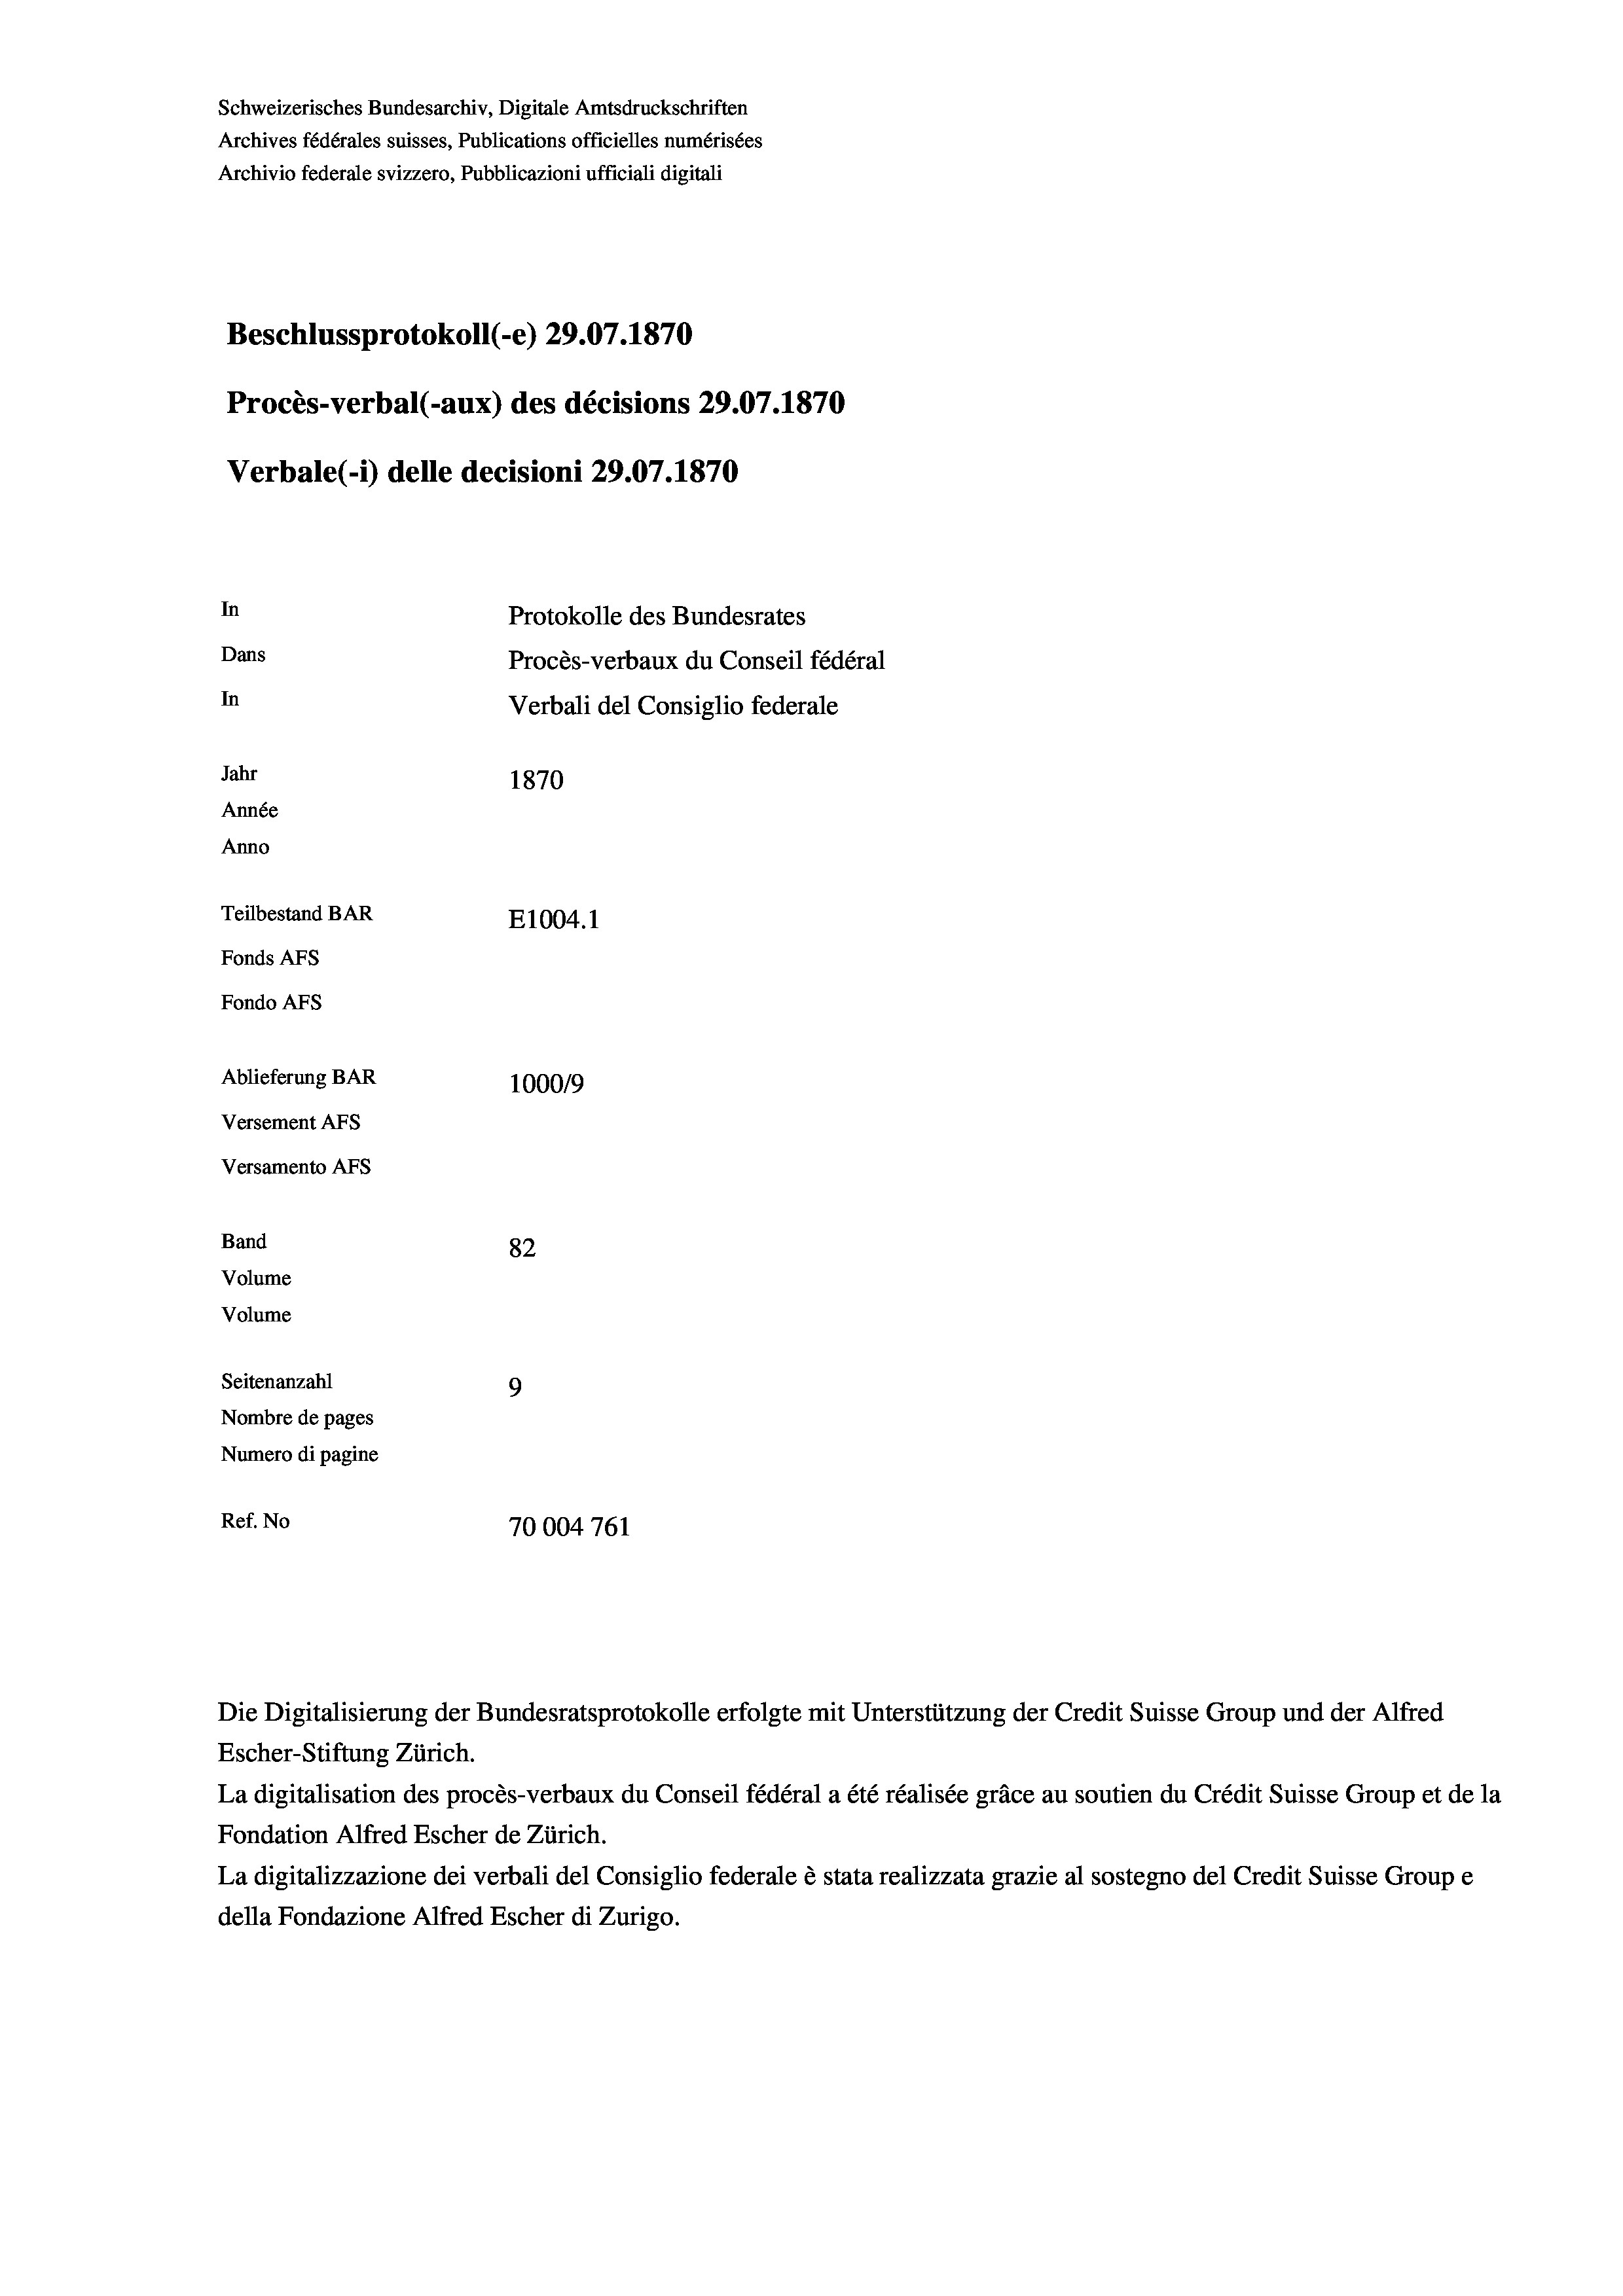
Schweizerisches Bundesarchiv, Digitale Amtsdruckschriften
Archives fédérales suisses, Publications officielles numérisées
Archivio federale svizzero, Pubblicazioni ufficiali digitali
Beschlussprotokoll (-e) 29.07. 1870
Procès-verbal (-aux) des décisions 29.07.1870
Verbale (i) delle decisioni 29.07. 1870
In
Protokolle des Bundesrates
Dans
Procès-verbaux du Conseil fédéral
In
Verbali del Consiglio federale
Jahr
1870
Année
Anno
Teilbestand BAR
E1004.1
Fonds AFs
Fondo AFs
Ablieferung BAR
100019
Versement AFS
Versamento Afs
Band
82
Volume
Volume
Seitenanzahl
9
Nombre de pages
Numero di pagine
Ref. No
70004761

Escher-Stiftung Zürich.
La digitalisation des procès-verbaux du Conseil fédéral a été réalisée gräce au soutien du Crédit Suisse Group et de la
Fondation Alfred Escher de Zürich.
La digitalizzazione dei verbali del Consiglio federale è stata realizzata grazie al sostegno del Credit Suisse Groupe
della Fondazione Alfred Escher di Zurigo.

Die Digitalisierung der Bundesratsprotokolle erfolgte mit Unterstützung der Credit Suisse Group und der Alfred